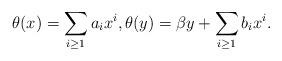
\begin{align*}\theta(x) = \sum_{i \geq 1} a_i x^i, \theta(y) = \beta y + \sum_{i \geq 1} b_i x^i.\end{align*}